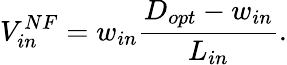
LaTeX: V_{in}^{NF}=w_{in}\frac{D_{opt}-w_{in}}{L_{in}}.